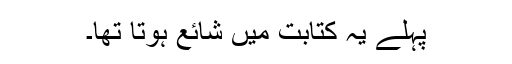
پہلے یہ کتابت میں شائع ہوتا تھا۔